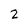
Character: 2